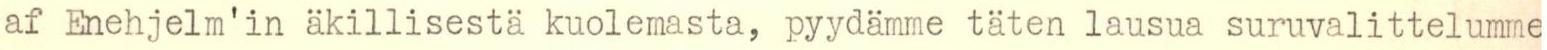
af Enehjelm'in äkillisestä kuolemasta, pyydämme täten lausua suruvalittelumme